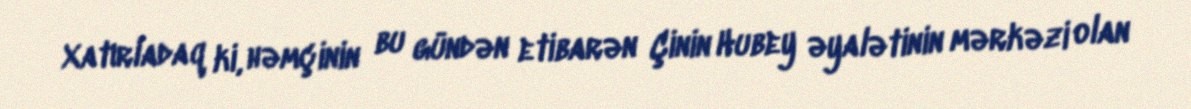
Xatırladaq ki, həmçinin bu gündən etibarən Çinin Hubey əyalətinin mərkəzi olan